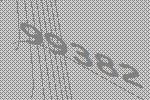
99382